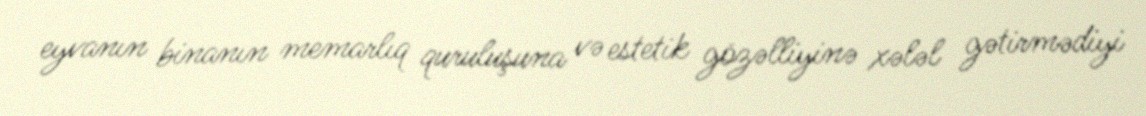
eyvanın binanın memarlıq quruluşuna və estetik gözəlliyinə xələl gətirmədiyi